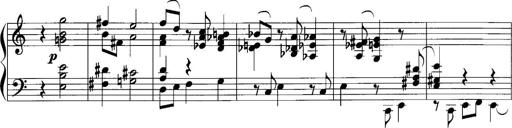
Title: Sonatina No.1
Composer: Otto Stoll
Key: C major